Vaccination in the Punjab 1883-1896 - 1883-1896
Year: 1883
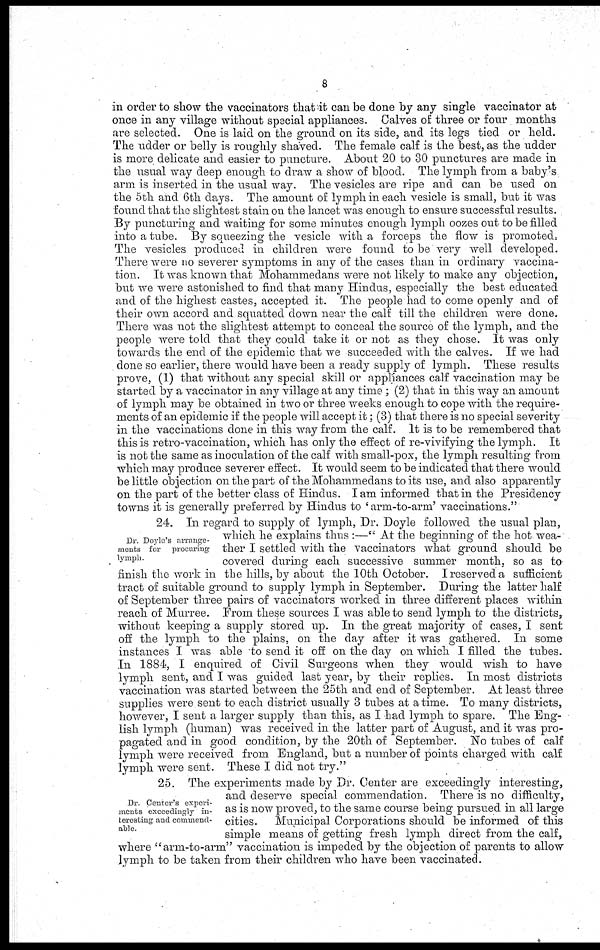
8
in order to show the vaccinators that it can be done by any single vaccinator at
once in any village without special appliances. Calves of three or four months
are selected. One is laid on the ground on its side, and its legs tied or held.
The udder or belly is roughly shaved. The female calf is the best, as the udder
is more delicate and easier to puncture. About 20 to 30 punctures are made in
the usual way deep enough to draw a show of blood. The lymph from a baby's
arm is inserted in the usual way. The vesicles are ripe and can be used on
the 5th and 6th days. The amount of lymph in each vesicle is small, but it was
found that the slightest stain on the lancet was enough to ensure successful results.
By puncturing and waiting for some minutes enough lymph oozes out to be filled
into a tube. By squeezing the vesicle with a forceps the flow is promoted,
The vesicles produced in children were found to be very well developed.
There were no severer symptoms in any of the cases than in ordinary vaccina-
tion. It was known that Mohammedans were not likely to make any objection,
but we were astonished to find that many Hindus, especially the best educated
and of the highest castes, accepted it. The people had to come openly and of
their own accord and squatted down near the calf till the children were done.
There was not the slightest attempt to conceal the source of the lymph, and the
people were told that they could take it or not as they chose. It was only
towards the end of the epidemic that we succeeded with the calves. If we had
done so earlier, there would have been a ready supply of lymph. These results
prove, (1) that without any special skill or appliances calf vaccination may be
started by a vaccinator in any village at any time; (2) that in this way an amount
of lymph may be obtained in two or three weeks enough to cope with the require-
ments of an epidemic if the people will accept it; (3) that there is no special severity
in the vaccinations done in this way from the calf. It is to be remembered that
this is retro-vaccination, which has only the effect of re-vivifying the lymph. It
is not the same as inoculation of the calf with small-pox, the lymph resulting from
which may produce severer effect. It would seem to be indicated that there would
be little objection on the part of the Mohammedans to its use, and also apparently
on the part of the better class of Hindus. I am informed that in the Presidency
towns it is generally preferred by Hindus to 'arm-to-arm' vaccinations."
Dr. Doyle's arrange-
ments for procuring
lymph.
24. In regard to supply of lymph, Dr. Doyle followed the usual plan,
which he explains thus :—" At the beginning of the hot wea-
ther I settled with the vaccinators what ground should be
covered during each successive summer month, so as to
finish the work in the hills, by about the 10th October. I reserved a sufficient
tract of suitable ground to supply lymph in September. During the latter half
of September three pairs of vaccinators worked in three different places within
reach of Murree. From these sources I was able to send lymph to the districts,
without keeping a supply stored up. In the great majority of cases, I sent
off the lymph to the plains, on the day after it was gathered. In some
instances I was able to send it off on the day on which I filled the tubes.
In 1884, I enquired of Civil Surgeons when they would wish to have
lymph sent, and I was guided last year, by their replies. In most districts
vaccination was started between the 25th and end of September. At least three
supplies were sent to each district usually 3 tubes at a time. To many districts,
however, I sent a larger supply than this, as I had lymph to spare. The Eng-
lish lymph (human) was received in the latter part of August, and it was pro-
pagated and in good condition, by the 20th of September. No tubes of calf
lymph were received from England, but a number of points charged with calf
lymph were sent. These I did not try."
Dr. Center's experi-
ments exceedingly in-
teresting and commend-
able.
25. The experiments made by Dr. Center are exceedingly interesting,
and deserve special commendation. There is no difficulty,
as is now proved, to the same course being pursued in all large
cities.
Municipal Corporations should be informed of this
simple means of getting fresh lymph direct from the calf,
where "arm-to-arm" vaccination is impeded by the objection of parents to allow
lymph to be taken from their children who have been vaccinated.